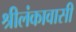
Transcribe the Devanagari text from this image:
श्रीलंकावासी